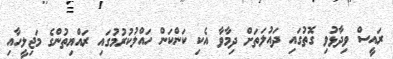
ރައީސް ވިދާޅުވި ގޮތުގައި ދައުލަތަށް ދިމާވާ އެކި ކަންކަން ހައްލުކުރުމުގައި ރައްޔިތުންގެ މަޖިލީހާއި